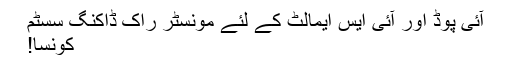
آئی پوڈ اور آئی ایس ایمالٹ کے لئے مونسٹر راک ڈاکنگ سسٹم
کونسا!